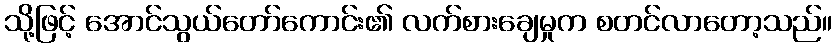
သို့ဖြင့် အောင်သွယ်တော်ကောင်း၏ လက်စားချေမှုက စတင်လာတော့သည်။